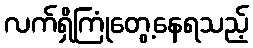
လက်ရှိကြုံတွေ့နေရသည့်